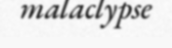
malaclypse